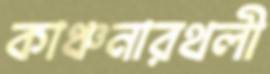
কাঞ্চনারথলী